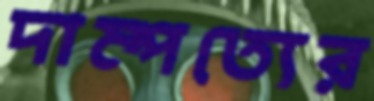
দাম্পত্যের